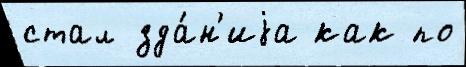
стал зда́н'иjа как по